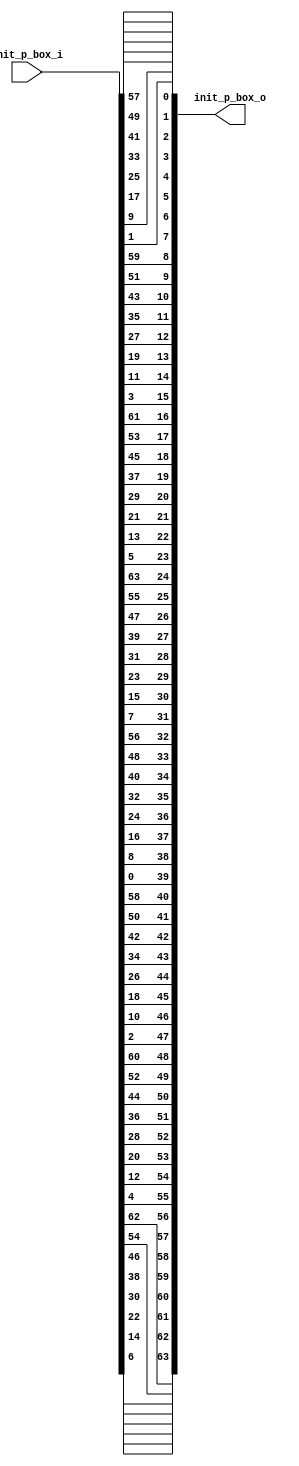
module init_perm (
    input [1:64] init_p_box_i,
    output [1:64] init_p_box_o 
);
    //performs initial permutation
    assign init_p_box_o[1] = init_p_box_i[58];
    assign init_p_box_o[2] = init_p_box_i[50];
    assign init_p_box_o[3] = init_p_box_i[42];
    assign init_p_box_o[4] = init_p_box_i[34];
    assign init_p_box_o[5] = init_p_box_i[26];
    assign init_p_box_o[6] = init_p_box_i[18];
    assign init_p_box_o[7] = init_p_box_i[10];
    assign init_p_box_o[8] = init_p_box_i[2];
    assign init_p_box_o[9] = init_p_box_i[60];
    assign init_p_box_o[10] = init_p_box_i[52];
    assign init_p_box_o[11] = init_p_box_i[44];
    assign init_p_box_o[12] = init_p_box_i[36];
    assign init_p_box_o[13] = init_p_box_i[28];
    assign init_p_box_o[14] = init_p_box_i[20];
    assign init_p_box_o[15] = init_p_box_i[12];
    assign init_p_box_o[16] = init_p_box_i[4];
    assign init_p_box_o[17] = init_p_box_i[62];
    assign init_p_box_o[18] = init_p_box_i[54];
    assign init_p_box_o[19] = init_p_box_i[46];
    assign init_p_box_o[20] = init_p_box_i[38];
    assign init_p_box_o[21] = init_p_box_i[30];
    assign init_p_box_o[22] = init_p_box_i[22];
    assign init_p_box_o[23] = init_p_box_i[14];
    assign init_p_box_o[24] = init_p_box_i[6];
    assign init_p_box_o[25] = init_p_box_i[64];
    assign init_p_box_o[26] = init_p_box_i[56];
    assign init_p_box_o[27] = init_p_box_i[48];
    assign init_p_box_o[28] = init_p_box_i[40];
    assign init_p_box_o[29] = init_p_box_i[32];
    assign init_p_box_o[30] = init_p_box_i[24];
    assign init_p_box_o[31] = init_p_box_i[16];
    assign init_p_box_o[32] = init_p_box_i[8];
    assign init_p_box_o[33] = init_p_box_i[57];
    assign init_p_box_o[34] = init_p_box_i[49];
    assign init_p_box_o[35] = init_p_box_i[41];
    assign init_p_box_o[36] = init_p_box_i[33];
    assign init_p_box_o[37] = init_p_box_i[25];
    assign init_p_box_o[38] = init_p_box_i[17];
    assign init_p_box_o[39] = init_p_box_i[9];
    assign init_p_box_o[40] = init_p_box_i[1];
    assign init_p_box_o[41] = init_p_box_i[59];
    assign init_p_box_o[42] = init_p_box_i[51];
    assign init_p_box_o[43] = init_p_box_i[43];
    assign init_p_box_o[44] = init_p_box_i[35];
    assign init_p_box_o[45] = init_p_box_i[27];
    assign init_p_box_o[46] = init_p_box_i[19];
    assign init_p_box_o[47] = init_p_box_i[11];
    assign init_p_box_o[48] = init_p_box_i[3];
    assign init_p_box_o[49] = init_p_box_i[61];
    assign init_p_box_o[50] = init_p_box_i[53];
    assign init_p_box_o[51] = init_p_box_i[45];
    assign init_p_box_o[52] = init_p_box_i[37];
    assign init_p_box_o[53] = init_p_box_i[29];
    assign init_p_box_o[54] = init_p_box_i[21];
    assign init_p_box_o[55] = init_p_box_i[13];
    assign init_p_box_o[56] = init_p_box_i[5];
    assign init_p_box_o[57] = init_p_box_i[63];
    assign init_p_box_o[58] = init_p_box_i[55];
    assign init_p_box_o[59] = init_p_box_i[47];
    assign init_p_box_o[60] = init_p_box_i[39];
    assign init_p_box_o[61] = init_p_box_i[31];
    assign init_p_box_o[62] = init_p_box_i[23];
    assign init_p_box_o[63] = init_p_box_i[15];
    assign init_p_box_o[64] = init_p_box_i[7];
endmodule